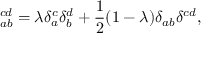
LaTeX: \ _ { a b } ^ { c d } = \lambda \delta _ { a } ^ { c } \delta _ { b } ^ { d } + \frac { 1 } { 2 } ( 1 - \lambda ) \delta _ { a b } \delta ^ { c d } ,